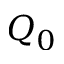
Q _ { 0 }